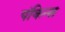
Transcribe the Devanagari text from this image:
पंकिन्स